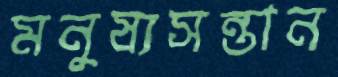
মনুষ্যসন্তান